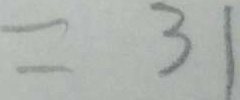
= 3 1